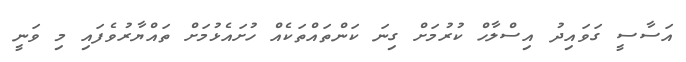
އަސާސީ ގަވައިދު އިސްލާހް ކުރުމަށް ގިނަ ކަންތައްތަކެއް ހުށައެޅުމަށް ތައްޔާރުވެފައި މި ވަނީ